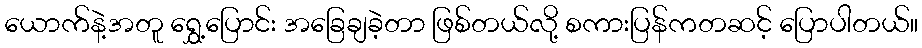
ယောက်နဲ့အတူ ရွှေ့ပြောင်း အခြေချခဲ့တာ ဖြစ်တယ်လို့ စကားပြန်ကတဆင့် ပြောပါတယ်။